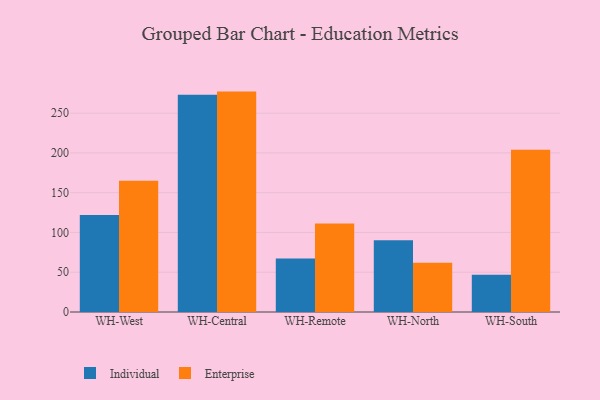
{"axis": {"x": "Warehouse", "y": "LTV (USD)"}, "legend": ["Enterprise", "Individual"], "data": [{"x": "WH-West", "y": 122.1, "type": "Individual"}, {"x": "WH-West", "y": 164.9, "type": "Enterprise"}, {"x": "WH-Central", "y": 273.1, "type": "Individual"}, {"x": "WH-Central", "y": 277.1, "type": "Enterprise"}, {"x": "WH-Remote", "y": 67.3, "type": "Individual"}, {"x": "WH-Remote", "y": 111.2, "type": "Enterprise"}, {"x": "WH-North", "y": 90.1, "type": "Individual"}, {"x": "WH-North", "y": 61.9, "type": "Enterprise"}, {"x": "WH-South", "y": 46.7, "type": "Individual"}, {"x": "WH-South", "y": 204.0, "type": "Enterprise"}]}